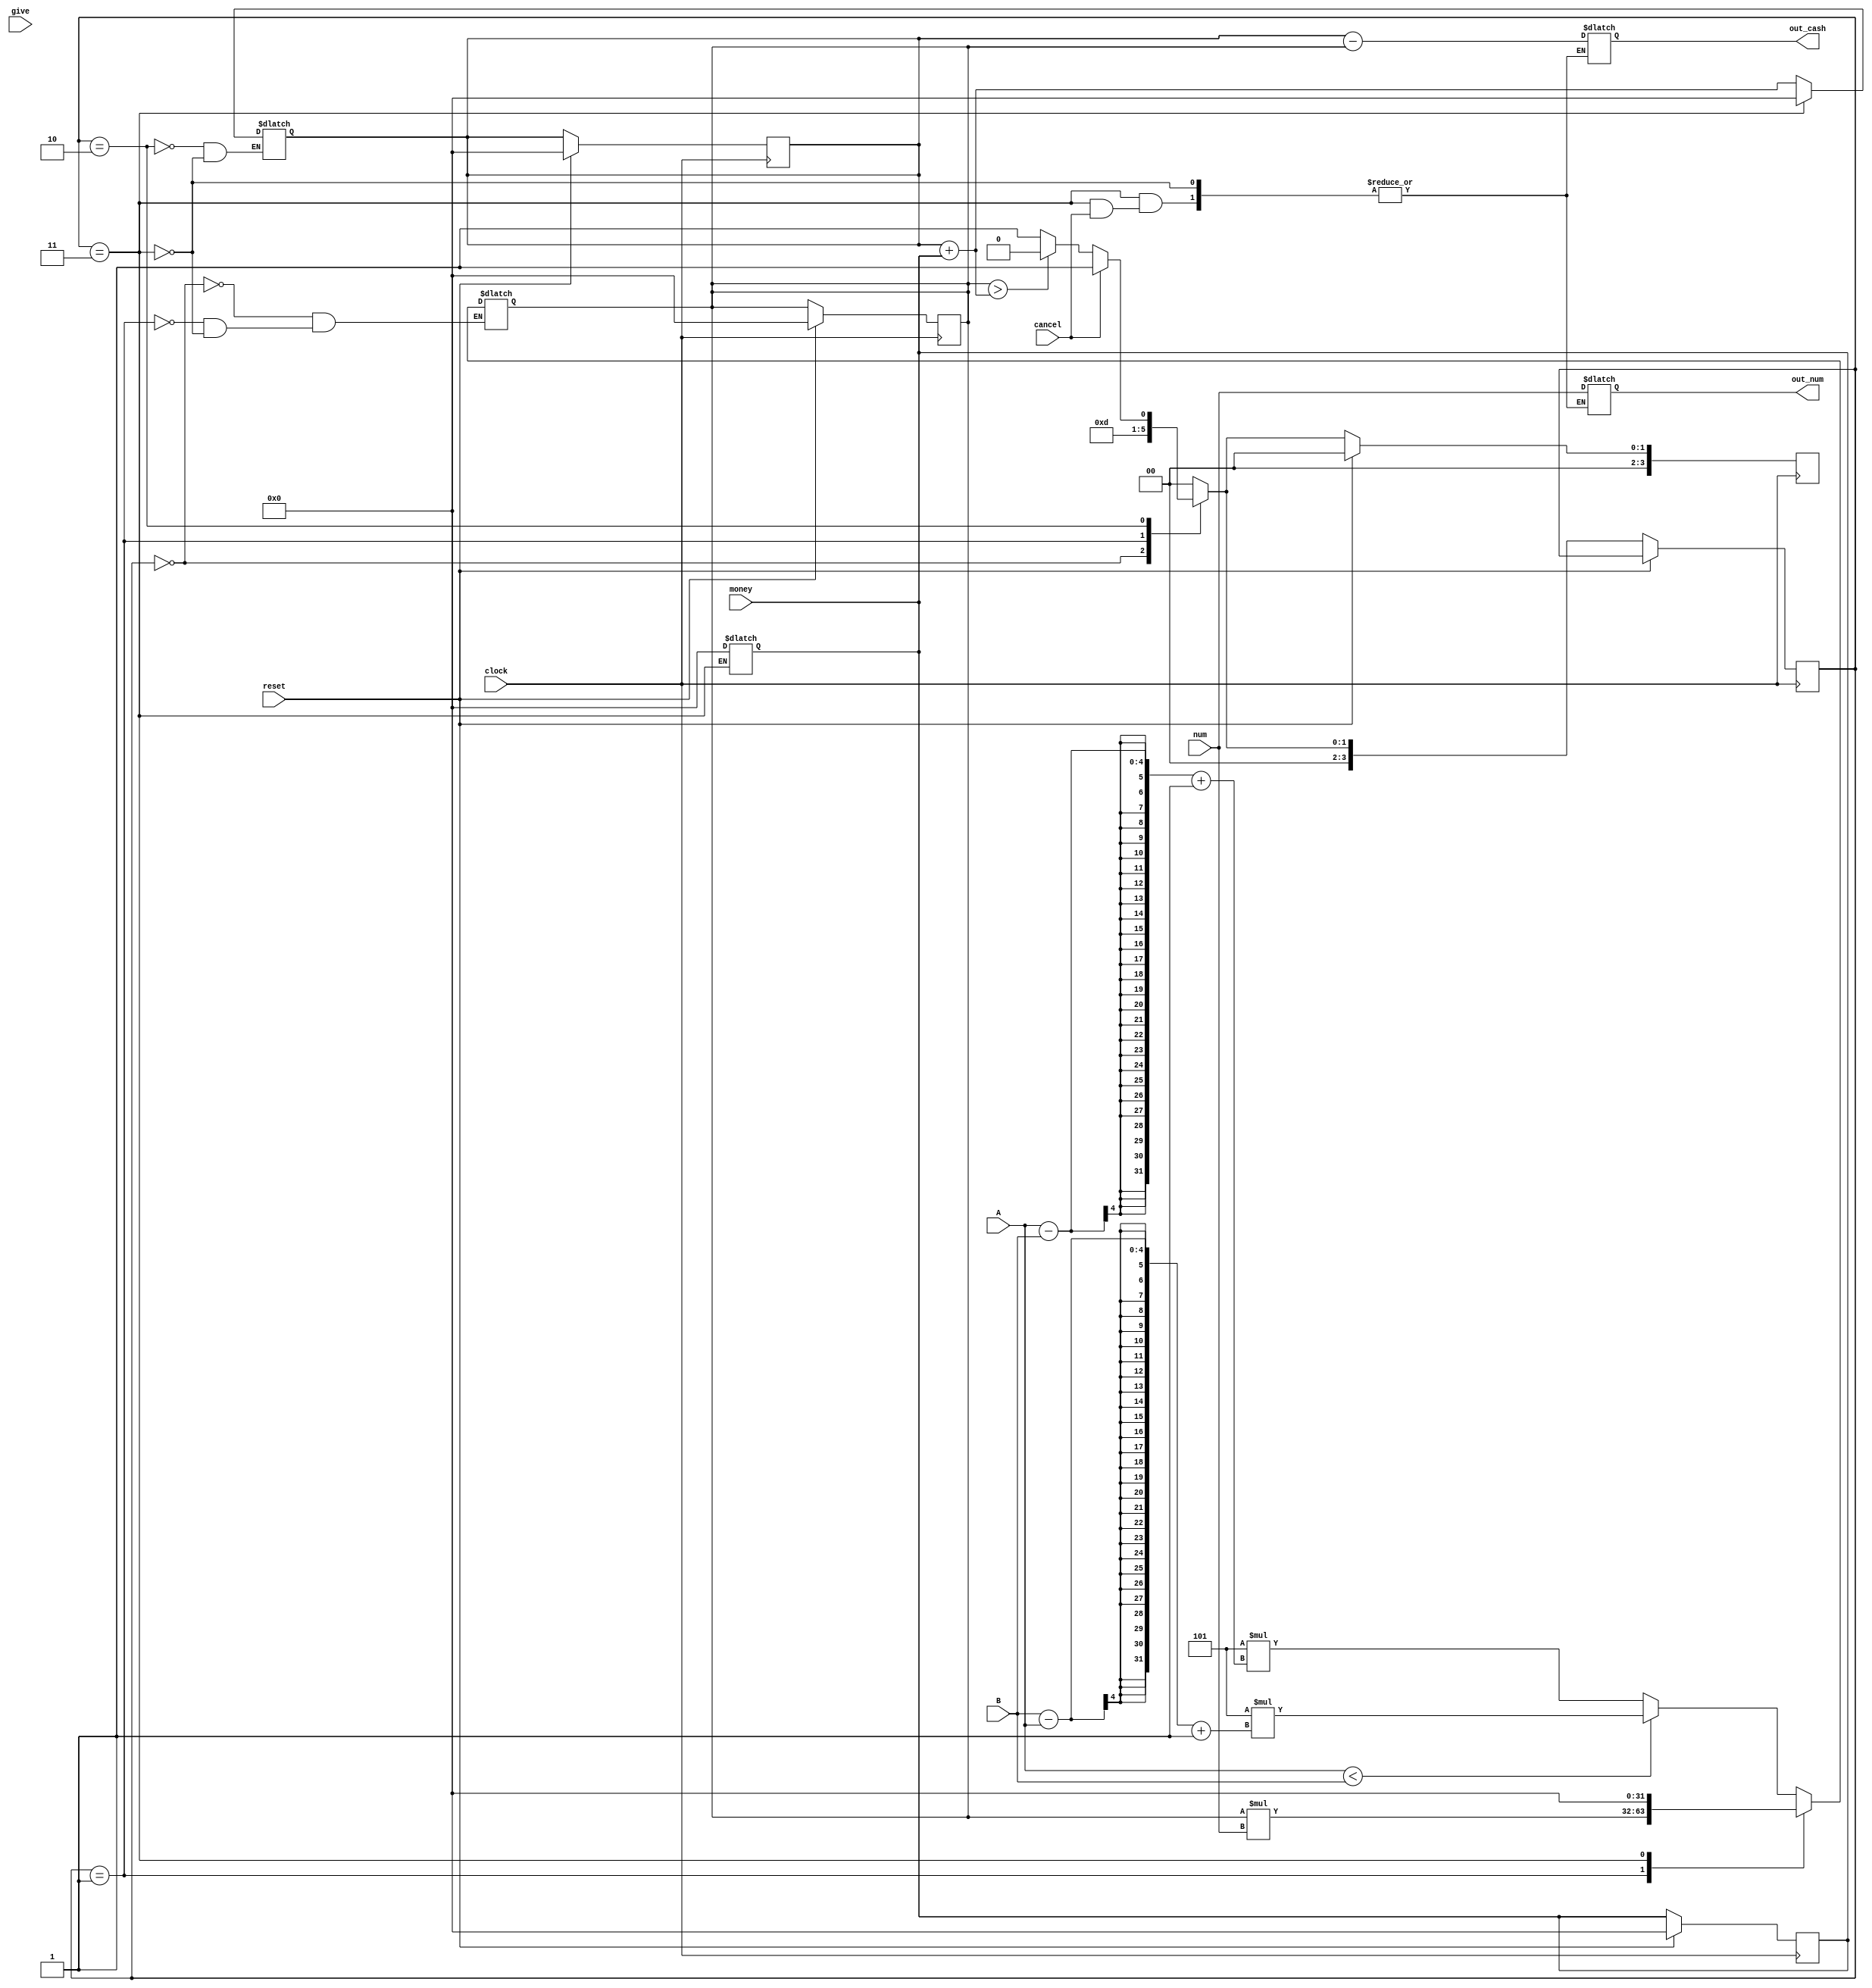
module ticket_shop( out_cash, out_num, A, B, num, reset, cancel, money, clock, give );

output reg [31:0]out_cash, out_num;
input [3:0]A ;
input [3:0]B ;
input [31:0]num, money ;
input reset, cancel, clock, give ;

parameter S0 = 4'd0,
	      S1 = 4'd1,
		  S2 = 4'd2,
	      S3 = 4'd3 ;
	  
reg [3:0] state ;
reg [3:0] next_state ;
reg [3:0] Aname ;
reg [3:0] Bname ;
reg [31:0] A2Bmoney ;
reg [31:0] moneyGive ;
reg [31:0] moneymoney ;

always @( posedge clock ) begin
  if ( reset ) begin
	next_state = S0 ;
	A2Bmoney = 0 ;
	moneyGive = 0 ;
	moneymoney = 0 ;
  end
  else
	state = next_state ;
end

always @( give ) begin
  moneymoney = money ;
end

always @( state or give ) begin
  case ( state )
    S0: begin
      Aname = A ;
      Bname = B ;
	  $display( "%d: The ticket you chose is S%d to S%d", $time/10, Aname, Bname ) ;
      if ( A < B ) begin
        A2Bmoney = 5 * ( B - A + 1 ) ;
	  end
      else begin
        A2Bmoney = 5 * ( A - B + 1 ) ;
	  $display( "%d: A ticket's price is %d TWD.", $time/10, A2Bmoney ) ;
	  end
      next_state = S1 ;
    end
    S1: begin
	  $display( "%d: You chose %d tickets.", $time/10, num ) ;
      A2Bmoney = A2Bmoney * num ;
      next_state = S2 ;
    end
    S2: begin
	  $display( "%d: You give me %d TWD.", $time/10, moneymoney ) ;
      moneyGive = moneyGive + moneymoney ;
	  $display( "%d: You have given me %d TWD.", $time/10, moneyGive ) ;
	  $display( "%d: You have to give me more than %d TWD.", $time/10, A2Bmoney - moneyGive ) ;
	  if ( cancel ) 
		next_state = S3 ;
      else if ( A2Bmoney > moneyGive )
        next_state = S2 ;
      else 
        next_state = S3 ;
    end
    S3: begin
      if ( cancel ) begin
		$display( "%d: You cancel the step.", $time/10 ) ;
		$display( "%d: The money you have given is %d.\n", $time/10, moneyGive ) ;
	  end
	  else begin
		out_num = num ;
		$display( "%d: These are your %d tickets(S%d to S%d).", $time/10, out_num, Aname, Bname ) ;
		out_cash = moneyGive - A2Bmoney ;
		$display( "%d: And your cash is [%d].\n", $time/10, out_cash ) ;
		
	  end
	  next_state = S0 ;
	  A2Bmoney = 0 ;
	  moneyGive = 0 ;
	  moneymoney = 0 ;
    end
	default: next_state = S0 ;
  endcase
end

endmodule